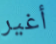
أغير